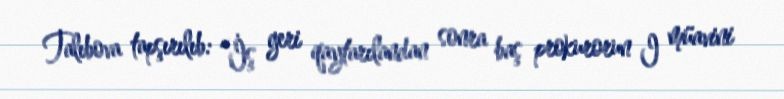
Talıbova tapşırılıb: “İş geri qaytarılandan sonra baş prokurorun I müavini